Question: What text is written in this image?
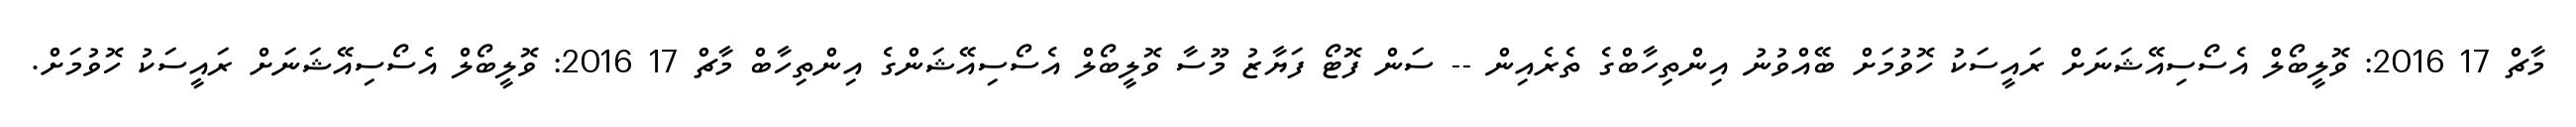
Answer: މާޗް 17 2016: ވޮލީބޯލް އެސޯސިއޭޝަނަށް ރައީސަކު ހޮވުމަށް ބޭއްވުނު އިންތިހާބްގެ ތެރެއިން -- ސަން ފޮޓޯ ފަޔާޒު މޫސާ ވޮލީބޯލް އެސޯސިއޭޝަންގެ އިންތިހާބް މާޗް 17 2016: ވޮލީބޯލް އެސޯސިއޭޝަނަށް ރައީސަކު ހޮވުމަށް.